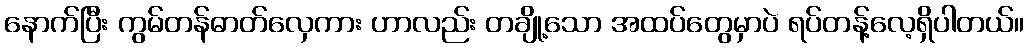
နောက်ပြီး ကွမ်တန်ဓာတ်လှေကား ဟာလည်း တချို့သော အထပ်တွေမှာပဲ ရပ်တန့်လေ့ရှိပါတယ်။